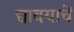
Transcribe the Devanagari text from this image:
द्यावयाचें